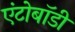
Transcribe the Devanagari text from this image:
एंटोबॉडी